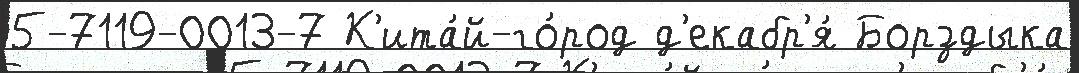
5-7119-0013-7 К'ита́й-го́род д'екабр'я́ Борздыка